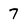
Character: 7